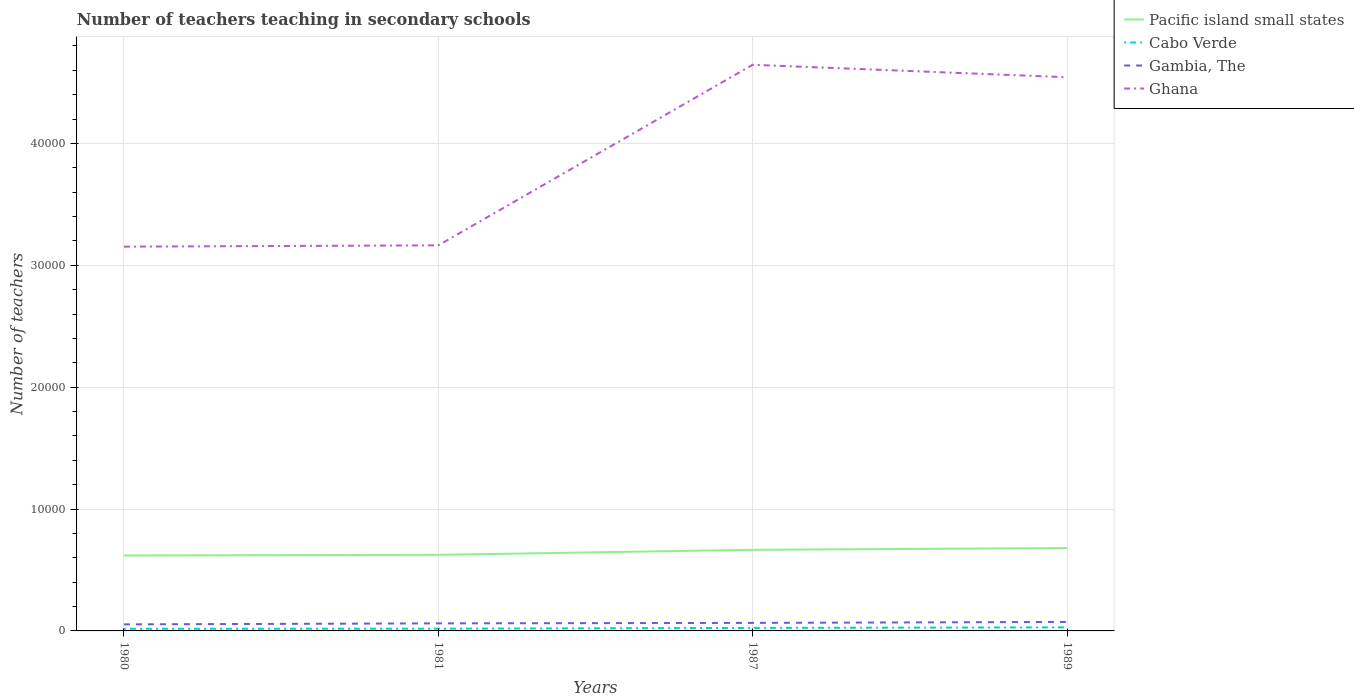
| Years | Pacific island small states | Cabo Verde | Gambia, The | Ghana |
 | --- | --- | --- | --- | --- |
 | 1980 | 6.19e+03 | 176 | 537 | 3.15e+04 |
 | 1981 | 6.24e+03 | 184 | 620 | 3.16e+04 |
 | 1987 | 6.66e+03 | 247 | 658 | 4.65e+04 |
 | 1989 | 6.8e+03 | 291 | 738 | 4.54e+04 |